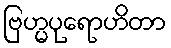
ဗြဟ္မပုရောဟိတာ